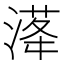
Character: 𣺛